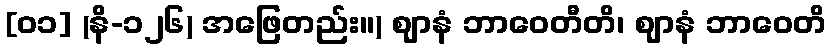
[၀၁] (နိ-၁၂၆) အဖြေတည်း။) ဈာနံ ဘာဝေတီတိ၊ ဈာနံ ဘာဝေတိ